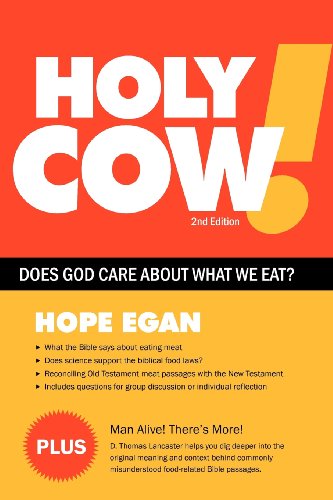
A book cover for Holy Cow! Does God Care About What We Eat?; Hope Egan; Christian Books & Bibles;